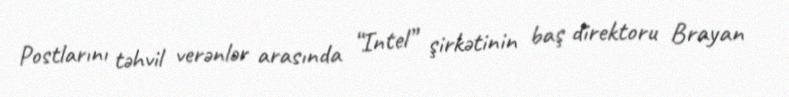
Postlarını təhvil verənlər arasında “Intel” şirkətinin baş direktoru Brayan